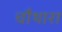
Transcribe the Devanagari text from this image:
चौथारा